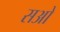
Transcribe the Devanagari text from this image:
सओ